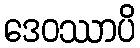
ဒေဝဿာပိ